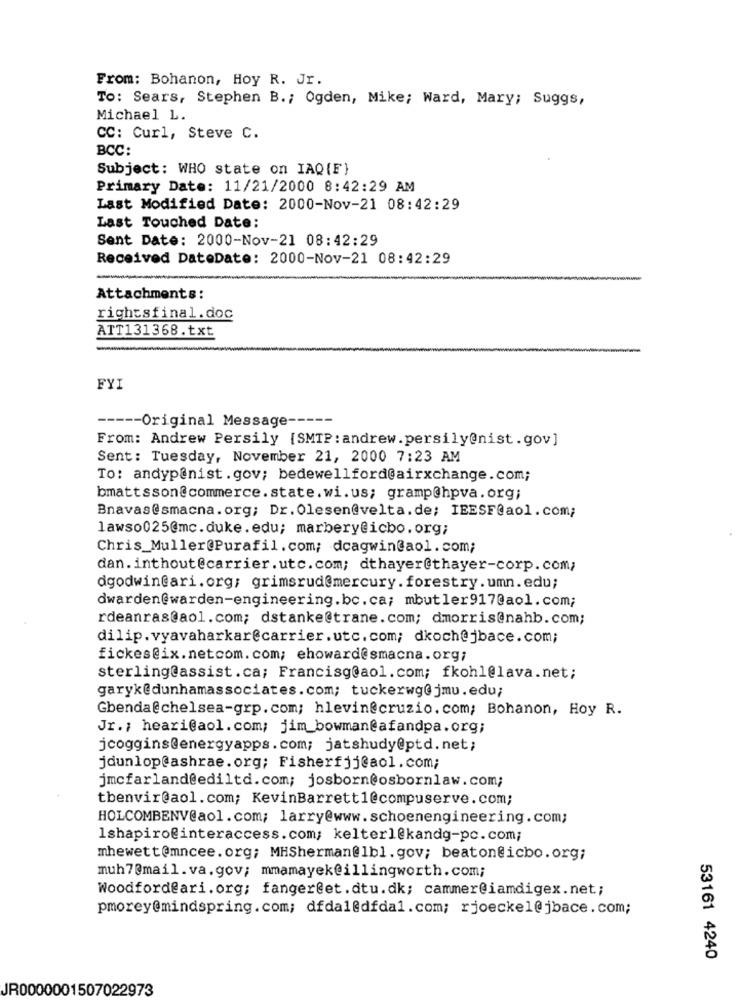
From: Bohanon, Hoy R. Jr.
To: Sears, Stephen B .; Ogden, Mike; Ward, Mary; Suggs,
Michael L.
CC: Curl, Steve C.
BCC:
Subject: WHO state on IAQ(F)
Primary Date: 11/21/2000 8:42:29 AM
Last Modified Date: 2000-Nov-21 08:42:29
Last Touched Date:
Sent Date: 2000-Nov-21 08:42:29
Received DateDate: 2000-Nov-21 08:42:29
Attachments:
rightsfinal.doc
ATT131368.txt
-
FYI
----- Original Message -----
From: Andrew Persily [SMTP : andrew.persily@nist. gov]
Sent: Tuesday, November 21, 2000 7:23 AM
To: andyp@nist.gov; bedewellford@airxchange.com;
bmattsson@commerce.state.wi.us; gramp@hpva. org;
Bnavas@smacna.org; Dr. Olesen@velta.de; IEESF@aol.com;
lawso025@mc.duke.edu; marbery@icbo.org;
Chris_Muller@Purafil.com; dcagwin@aol. com;
dan. inthout@carrier. utc.com; dthayer@thayer-corp.com;
dgodwin@ari.org; grimsrud@mercury. forestry.umn. edu;
dwarden@warden-engineering.bc.ca; mbutler917@aol.com;
rdeanras@aol.com; dstanke@trane.com; dmorris@nahb.com;
dilip. vyavaharkar@carrier.utc.com; dkoch@jbace.com;
fickes@ix.netcom.com; ehoward@smacna.org;
sterling@assist.ca; Francisg@aol.com; fkohl@lava.net;
garyk@dunhamassociates.com; tuckerwg@jmu.edu;
Gbenda@chelsea-grp.com; hlevin@cruzio.com; Bohanon, Hoy R.
Jr .; heari@aol. com; jim_bowman@afandpa.org;
jcoggins@energyapps.com; jatshudy@ptd.net;
jdunlop@ashrae.org; Fisherfjj@aol.com;
jmcfarland@ediltd.com; josborn@osbornlaw.com;
tbenvir@aol.com; KevinBarrett1@compuserve.com;
HOLCOMBENV@aol.com; larry@www.schoenengineering.com;
1shapiro@interaccess.com; kelterl@kandg-pc.com;
mhewett@mncee. org; MHSherman@lbl. gov; beaton@icbo.org;
muh7@mail.va.gov; mmamayek@illingworth.com;
Woodford@ari.org; fanger@et.dtu.dk; cammer@iamdigex.net;
pmorey@mindspring.com; dfdal@dfdal.com; rjoeckel@jbace.com;
53161 4240
JR0000001507022973